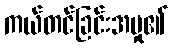
ကယ်တင်ခြင်းအမှု၏